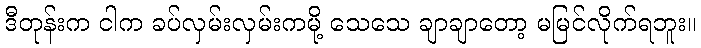
ဒီတုန်းက ငါက ခပ်လှမ်းလှမ်းကမို့ သေသေ ချာချာတော့ မမြင်လိုက်ရဘူး။